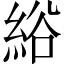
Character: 綌